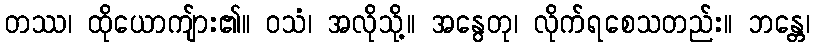
တဿ၊ ထိုယောကျ်ား၏။ ဝသံ၊ အလိုသို့။ အနွေတု၊ လိုက်ရစေသတည်း။ ဘန္တေ၊